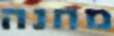
מחנה